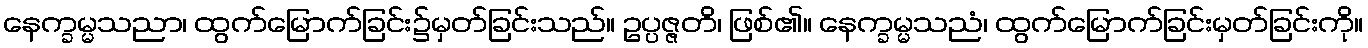
နေက္ခမ္မသညာ၊ ထွက်မြောက်ခြင်း၌မှတ်ခြင်းသည်။ ဥပ္ပဇ္ဇတိ၊ ဖြစ်၏။ နေက္ခမ္မသညံ၊ ထွက်မြောက်ခြင်းမှတ်ခြင်းကို။